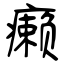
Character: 癞